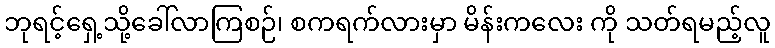
ဘုရင့်ရှေ့သို့ခေါ်လာကြစဉ်၊ စကရက်လားမှာ မိန်းကလေး ကို သတ်ရမည့်လူ